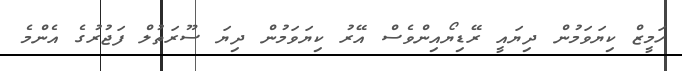
ހަމީޒް ކިޔަވަމުން ދިޔައީ ރޭޑިޔޯއިންވެސް އޭރު ކިޔަވަމުން ދިޔަ ސޫރަތުލް ފަޖުރުގެ އެންމެ